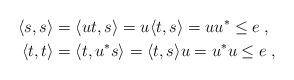
LaTeX: \begin{align*}\langle s,s\rangle &= \langle ut,s\rangle = u\langle t,s\rangle =uu^*\le e\;,\\\langle t,t\rangle &= \langle t,u^*s\rangle=\langle t,s\rangle u=u^*u\le e\;,\end{align*}